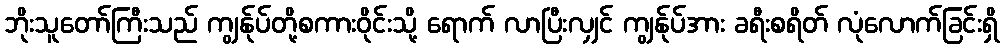
ဘိုးသူတော်ကြီးသည် ကျွန်ုပ်တို့စကားဝိုင်းသို့ ရောက် လာပြီးလျှင် ကျွန်ုပ်အား ခရီးစရိတ် လုံလောက်ခြင်းရှိ